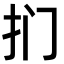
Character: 扪